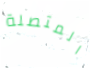
المتصلة